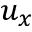
u _ { x }